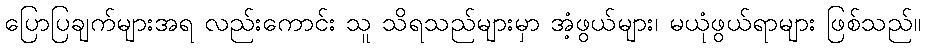
ပြောပြချက်များအရ လည်းကောင်း သူ သိရသည်များမှာ အံ့ဖွယ်များ၊ မယုံဖွယ်ရာများ ဖြစ်သည်။